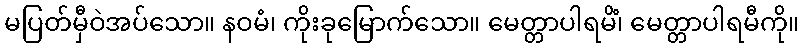
မပြတ်မှီဝဲအပ်သော။ နဝမံ၊ ကိုးခုမြောက်သော။ မေတ္တာပါရမိံ၊ မေတ္တာပါရမီကို။